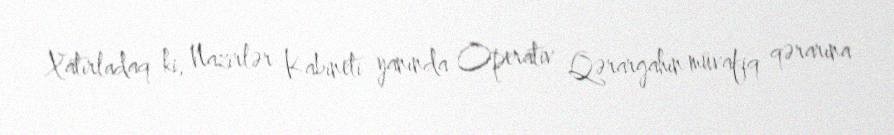
Xatırladaq ki, Nazirlər Kabineti yanında Operativ Qərargahın müvafiq qərarına